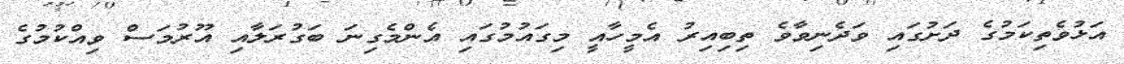
އަޅުވެތިކަމުގެ ދަށުގައި ވަދެނިވާވެ ތިބިއިރު އެމީހާއީ މިގައުމުގައި އެންމެގިނަ ބަގުރަލާއި އޫރުމަސް ވިއްކުމުގެ